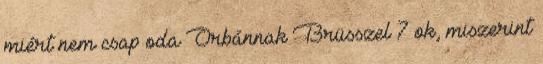
miért nem csap oda Orbánnak Brüsszel 7 ok, miszerint